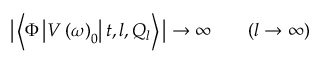
\big | \left\langle \Phi \left| V \left( \omega \right) _ { 0 } \right| t , l , Q _ { l } \right\rangle \big | \to \infty \qquad ( l \to \infty )